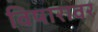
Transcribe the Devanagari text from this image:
विषारावर